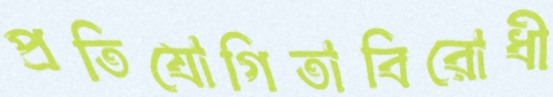
প্রতিযোগিতাবিরোধী